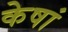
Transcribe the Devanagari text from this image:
केषां